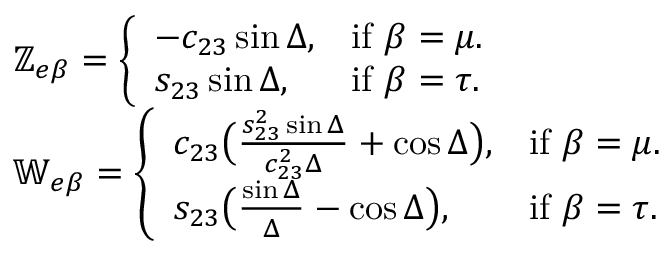
\begin{array} { r l } & { \mathbb { Z } _ { e \beta } = \left\{ \begin{array} { l l } { - c _ { 2 3 } \sin \Delta , } & { \mathrm { i f } \ \beta = \mu . } \\ { s _ { 2 3 } \sin \Delta , } & { \mathrm { i f } \ \beta = \tau . } \end{array} \right. } \\ & { \mathbb { W } _ { e \beta } = \left\{ \begin{array} { l l } { c _ { 2 3 } \big ( \frac { s _ { 2 3 } ^ { 2 } \sin \Delta } { c _ { 2 3 } ^ { 2 } \Delta } + \cos \Delta \big ) , } & { \mathrm { i f } \ \beta = \mu . } \\ { s _ { 2 3 } \big ( \frac { \sin \Delta } { \Delta } - \cos \Delta \big ) , } & { \mathrm { i f } \ \beta = \tau . } \end{array} \right. } \end{array}